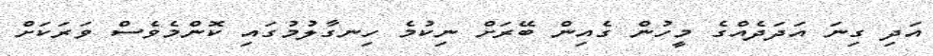
އަދި ގިނަ އަދަދެއްގެ މީހުން ގެއިން ބޭރަށް ނިކުމެ ހިނގާލުމުގައި ކޮންމެވެސް ވަރަކަށް